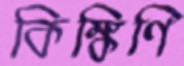
কিঙ্কিণি